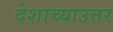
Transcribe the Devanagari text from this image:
देशाच्याउत्तर